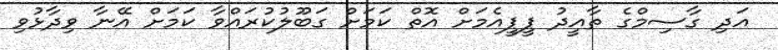
އަދި ގާސިމްގެ ތާއީދު ޕީޕީއެމަށް އޮތް ކަމަށް ގަބޫލުކުރައްވާ ކަމަށް އޭނާ ވިދާޅުވި